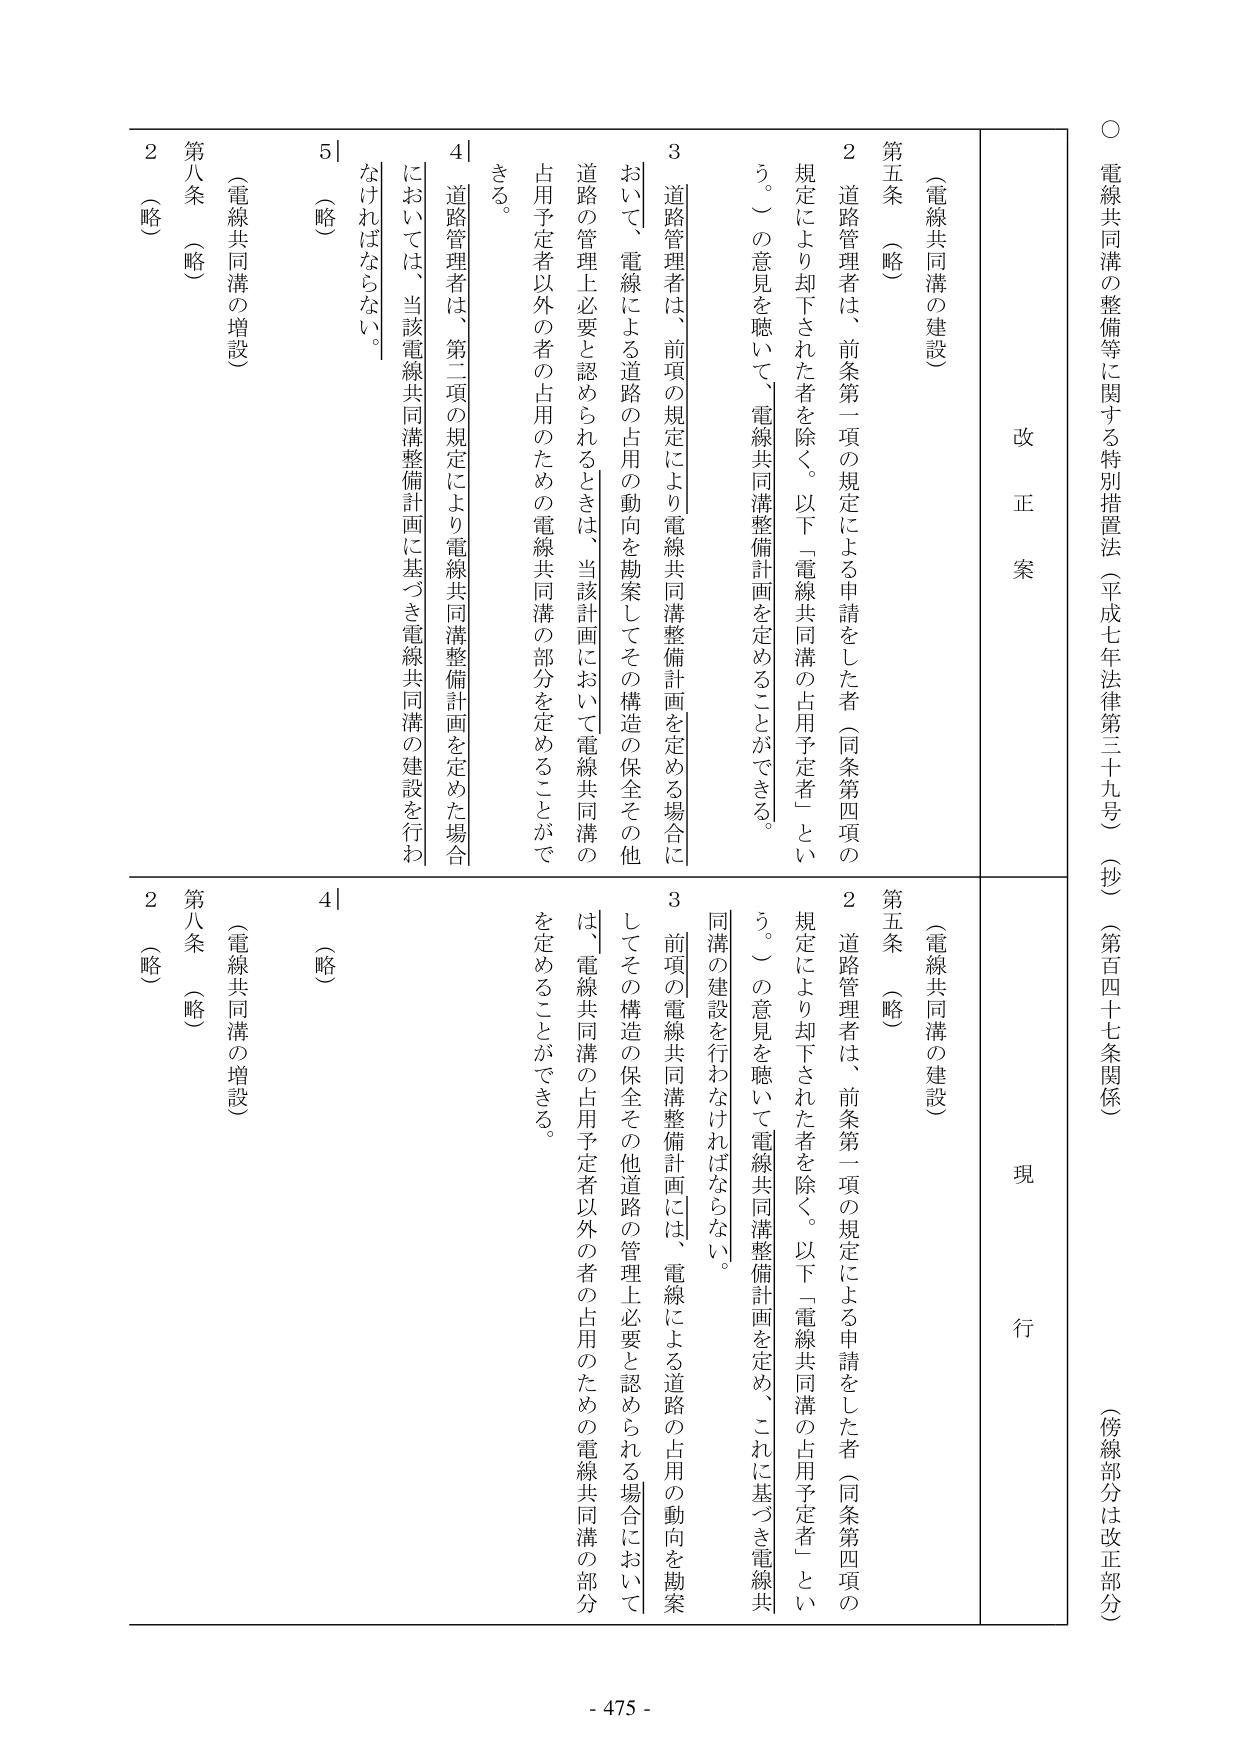
○ 電線共同溝の整備等に関する特別措置法（平成七年法律第三十九号）（抄）（第百四十七条関係）（傍線部分は改正部分）

改正案

（電線共同溝の建設）

第五条 （略）

２ 道路管理者は、前条第一項の規定による申請をした者（同条第四項の規定により却下された者を除く。以下「電線共同溝の占用予定者」という。）の意見を聴いて、電線共同溝整備計画を定めることができる。

３ 道路管理者は、前項の規定により電線共同溝整備計画を定める場合において、電線による道路の占用の動向を勘案してその構造の保全その他道路の管理上必要と認められるときは、当該計画において電線共同溝の占用予定者以外の者の占用のための電線共同溝の部分を定めることができる。

４ 道路管理者は、第二項の規定により電線共同溝整備計画を定めた場合においては、当該電線共同溝整備計画に基づき電線共同溝の建設を行わなければならない。

５ （略）

第八条 （略）

（電線共同溝の増設）

現行

（電線共同溝の建設）

第五条 （略）

２ 道路管理者は、前条第一項の規定による申請をした者（同条第四項の規定により却下された者を除く。以下「電線共同溝の占用予定者」という。）の意見を聴いて電線共同溝整備計画を定め、これに基づき電線共同溝の建設を行わなければならない。

３ 前項の電線共同溝整備計画には、電線による道路の占用の動向を勘案してその構造の保全その他道路の管理上必要と認められる場合においては、電線共同溝の占用予定者以外の者の占用のための電線共同溝の部分を定めることができる。

４ （略）

第八条 （略）

（電線共同溝の増設）

２ （略）

- 475 -